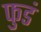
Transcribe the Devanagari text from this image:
फुडं